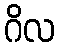
ဂိလ